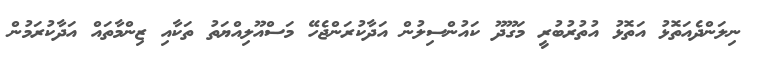
ނިލަންދެއަތޮޅު އަތޮޅު އުތުރުބުރީ މަގޫދޫ ކައުންސިލުން އަދާކުރަންޖެހޭ މަސްއޫލިއްޔަތު ތަކާއި ޒިންމާތައް އަދާކުރަމުން